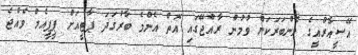
އޭސީއާރްއީގެ މެންބަރަކަށް ވުމުން ރާއްޖޭގައި އޮތް އެންމެ ބާރުގަދަ ޕާޓީއަށް ޕީޕީއެމް ވެއްޖެ